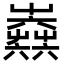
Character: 𡴫